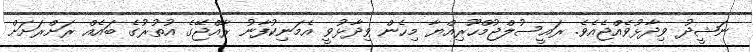
ނަޝީދު ވިދާޅުވެއްޖެއެވެ. ރައީސުލްޖުމްހޫރިއްޔާ މިހެން ވިދާޅުވީ އެމަނިކުފާނު ރާއްޖޭގެ އުތުރުގެ ބައެއް ރަށްރަށަށް